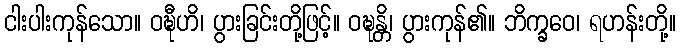
ငါးပါးကုန်သော။ ဝဍ္ဎီဟိ၊ ပွားခြင်းတို့ဖြင့်။ ဝဍ္ဎန္တိ၊ ပွားကုန်၏။ ဘိက္ခဝေ၊ ရဟန်းတို့။